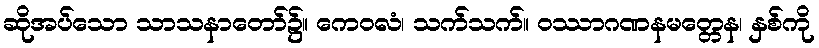
ဆိုအပ်သော သာသနာတော်၌။ ကေဝလံ၊ သက်သက်။ ဝဿာဂဏနမတ္တေန၊ နှစ်ကို